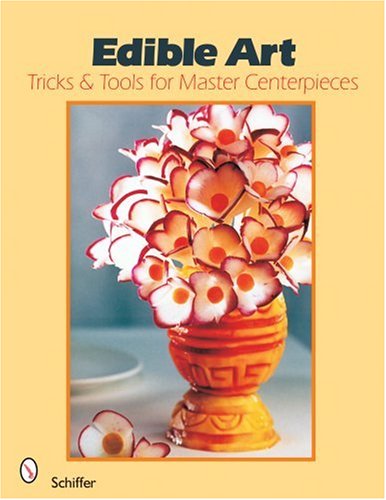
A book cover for Edible Art: Tricks & Tools for Master Centerpieces from Carved Vegetables; Narahenapitage Sumith Premalal De Costa; Cookbooks, Food & Wine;